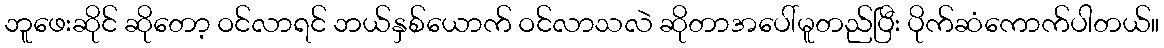
ဘူဖေးဆိုင် ဆိုတော့ ဝင်လာရင် ဘယ်နှစ်ယောက် ဝင်လာသလဲ ဆိုတာအပေါ်မူတည်ပြီး ပိုက်ဆံကောက်ပါတယ်။